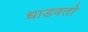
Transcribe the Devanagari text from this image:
धाडवतो